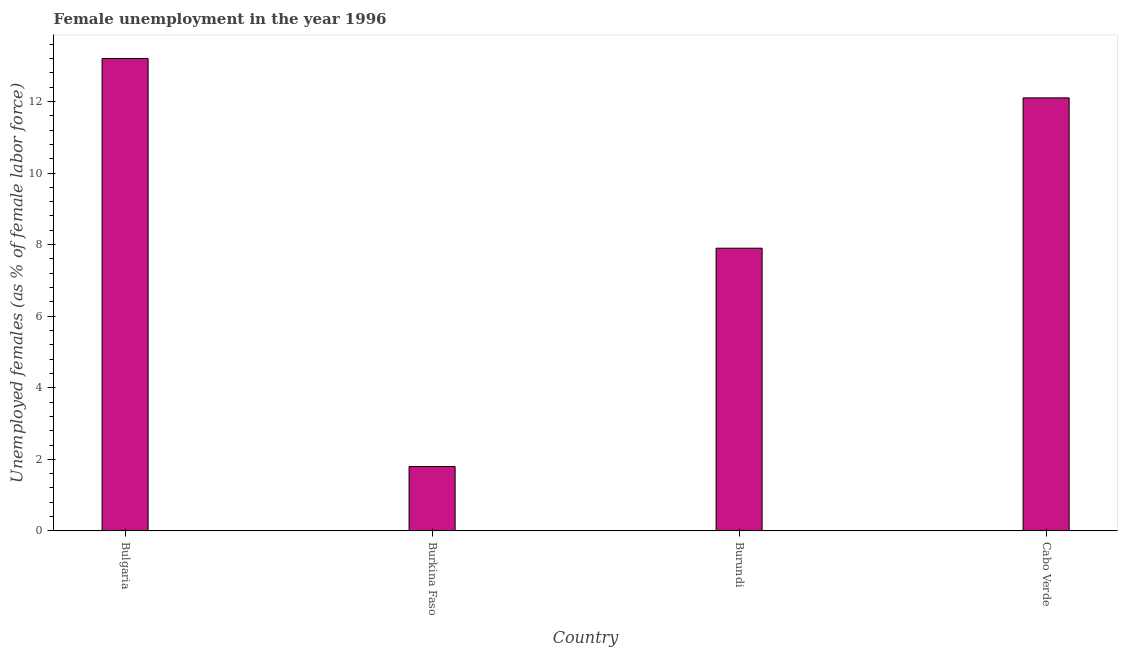
| Country | Unemployment |
 | --- | --- |
 | Bulgaria | 13.2 |
 | Burkina Faso | 1.8 |
 | Burundi | 7.9 |
 | Cabo Verde | 12.1 |